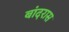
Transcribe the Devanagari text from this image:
बांदरास